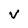
Character: V